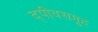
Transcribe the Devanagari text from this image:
द्पीवसमूह